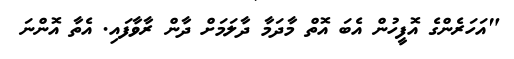
"އަހަރެންގެ އޮފީހުން އެބަ އޮތް މާދަމާ ދާލަމަށް ދާން ރާވާފައި. އެތާ އޮންނަ